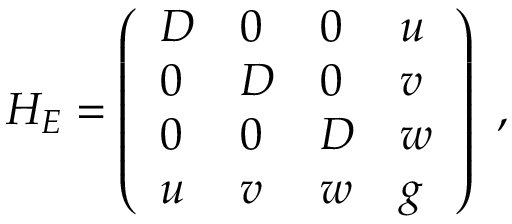
H _ { E } = \left( \begin{array} { l l l l } { D } & { 0 } & { 0 } & { u } \\ { 0 } & { D } & { 0 } & { v } \\ { 0 } & { 0 } & { D } & { w } \\ { u } & { v } & { w } & { g } \end{array} \right) \mathrm { ~ , ~ }